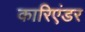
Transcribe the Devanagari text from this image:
कारिएंडर